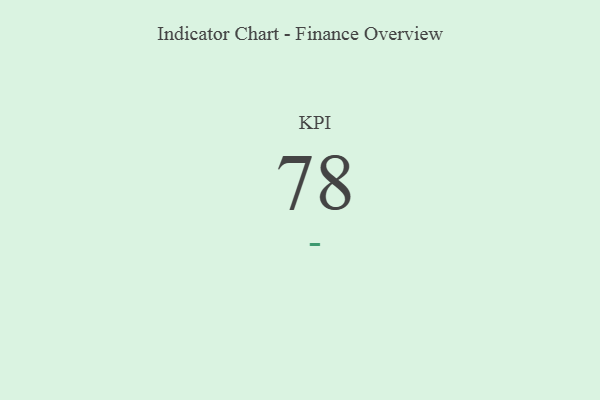
{"axis": {"x": "KPI", "y": "Value"}, "legend": [""], "data": [{"x": "KPI", "y": 78, "type": ""}]}